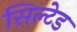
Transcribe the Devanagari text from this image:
सिल्टेड